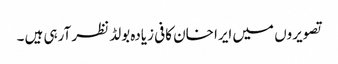
تصویروں میں ایرا خان کافی زیادہ بولڈ نظر آرہی ہیں ۔